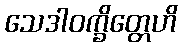
သေဒါဝက္ခိတ္တေဟိ